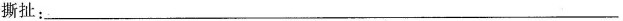
撕扯：______________________